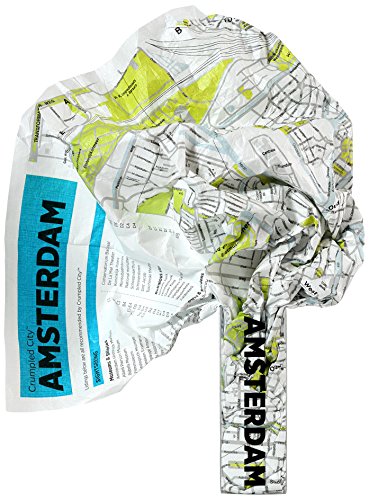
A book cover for Crumpled City Map-Amsterdam; Palomar S.r.l.; Travel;